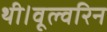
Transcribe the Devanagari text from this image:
थी।वूल्वरिन